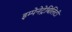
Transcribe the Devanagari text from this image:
इम्पेनेट्रेबिलिटी